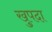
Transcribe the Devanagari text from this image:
खुपदा